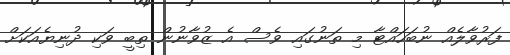
ފަރުވާލެއް ނުބަހައްޓާ މި ތަނުގައި ވެސް އެ ޒުވާނުން ތިބީ ވަކި ދުނިޔެއަކަށް